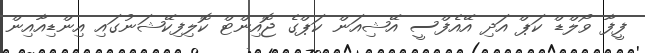
ފީފާ ވޯލްޑް ކަޕް އަދި އޭއެފްސީ އޭޝިއަން ކަޕްގެ ޖޮއިންޓް ކޮލިފިކޭޝަނުގައި އިންޑިއާއިން